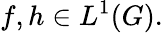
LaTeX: f,h\in L^{1}(G).